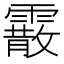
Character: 霰